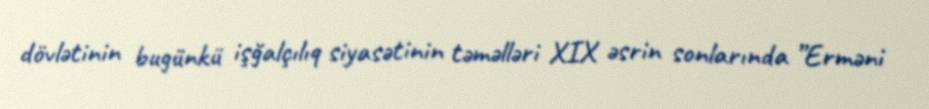
dövlətinin bugünkü işğalçılıq siyasətinin təməlləri XIX əsrin sonlarında ”Erməni